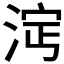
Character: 𣵈